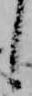
し